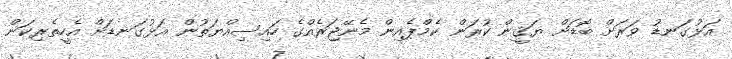
އަޅުގަނޑު ވަރަށް ބޮޑަށް ޔަޤީން ކުރަން ކެމްޕެއިން މެނޭޖަރެއްގެ ހައިސިއްޔަތުން އަޅުގަނޑަށް އެހީތެރިކަން